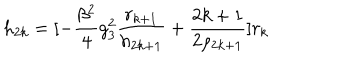
LaTeX: h _ { 2 k } = [ - \frac { \beta ^ { 2 } } { 4 } g _ { 3 } ^ { 2 } \frac { r _ { k + 1 } } { h _ { 2 k + 1 } } + \frac { 2 k + 1 } { 2 \rho _ { 2 k + 1 } } ] r _ { k }